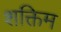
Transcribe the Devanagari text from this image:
शक्तिम